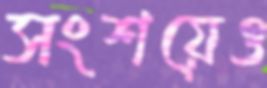
সংশয়েও